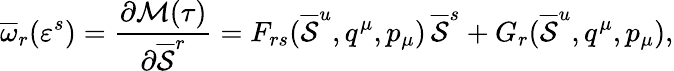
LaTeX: \overline{{{\omega}}}_{r}(\varepsilon^{s})={\frac{\partial{\cal M}(\tau)}{\partial\overline{{{\cal S}}}^{r}}}=F_{rs}(\overline{{{\cal S}}}^{u},q^{\mu},p_{\mu})\, \overline{{{\cal S}}}^{s}+G_{r}(\overline{{{\cal S}}}^{u},q^{\mu},p_{\mu}),